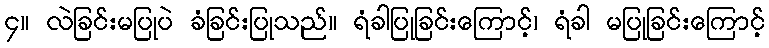
၄။ လဲခြင်းမပြုပဲ ခံခြင်းပြုသည်။ ရံခါပြုခြင်းကြောင့်၊ ရံခါ မပြုခြင်းကြောင့်